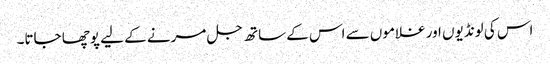
اس کی لونڈیوں اور غلاموں سے اس کے ساتھ جل مرنے کے لیے پوچھا جاتا۔